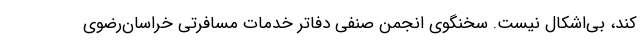
کند، بی‌اشکال نیست. سخنگوی انجمن صنفی دفاتر خدمات مسافرتی خراسان‌رضوی